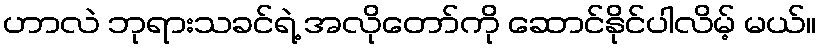
ဟာလဲ ဘုရားသခင်ရဲ့ အလိုတော်ကို ဆောင်နိုင်ပါလိမ့် မယ်။